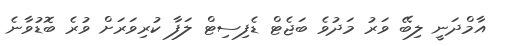
އާމްދަނީ ލިބޭ ވަރު މަދުވެ ބަޖެޓް ޑެފިސިޓް ލަފާ ކުރިވަރަށް ވުރެ ބޮޑުވާނެ